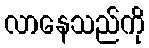
လာနေသည်ကို